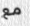
مع